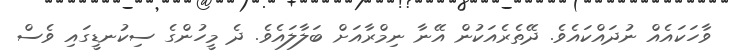
ވާހަކައެއް ނުދައްކައެވެ. ދޭތެރެއަކުން އޭނާ ނިމްރާއަށް ބަލާލައެވެ. ދެ މީހުންގެ ސިކުނޑީގައި ވެސް